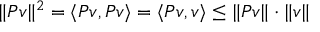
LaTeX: \| P v \| ^ { 2 } = \langle P v , P v \rangle = \langle P v , v \rangle \leq \| P v \| \cdot \| v \|